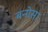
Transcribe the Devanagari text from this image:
बनोसा